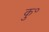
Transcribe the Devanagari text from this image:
कु॰